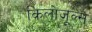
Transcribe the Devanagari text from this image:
किलोजूल्स